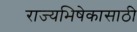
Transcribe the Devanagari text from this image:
राज्यभिषेकासाठी